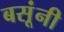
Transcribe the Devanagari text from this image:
बसूंनी